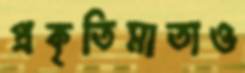
প্রকৃতিমাতাও